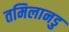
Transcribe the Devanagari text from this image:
तमिलानडु